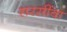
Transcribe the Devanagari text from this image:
सरसींवा